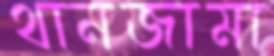
থানজামা